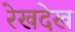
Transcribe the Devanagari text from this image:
रेखदेख